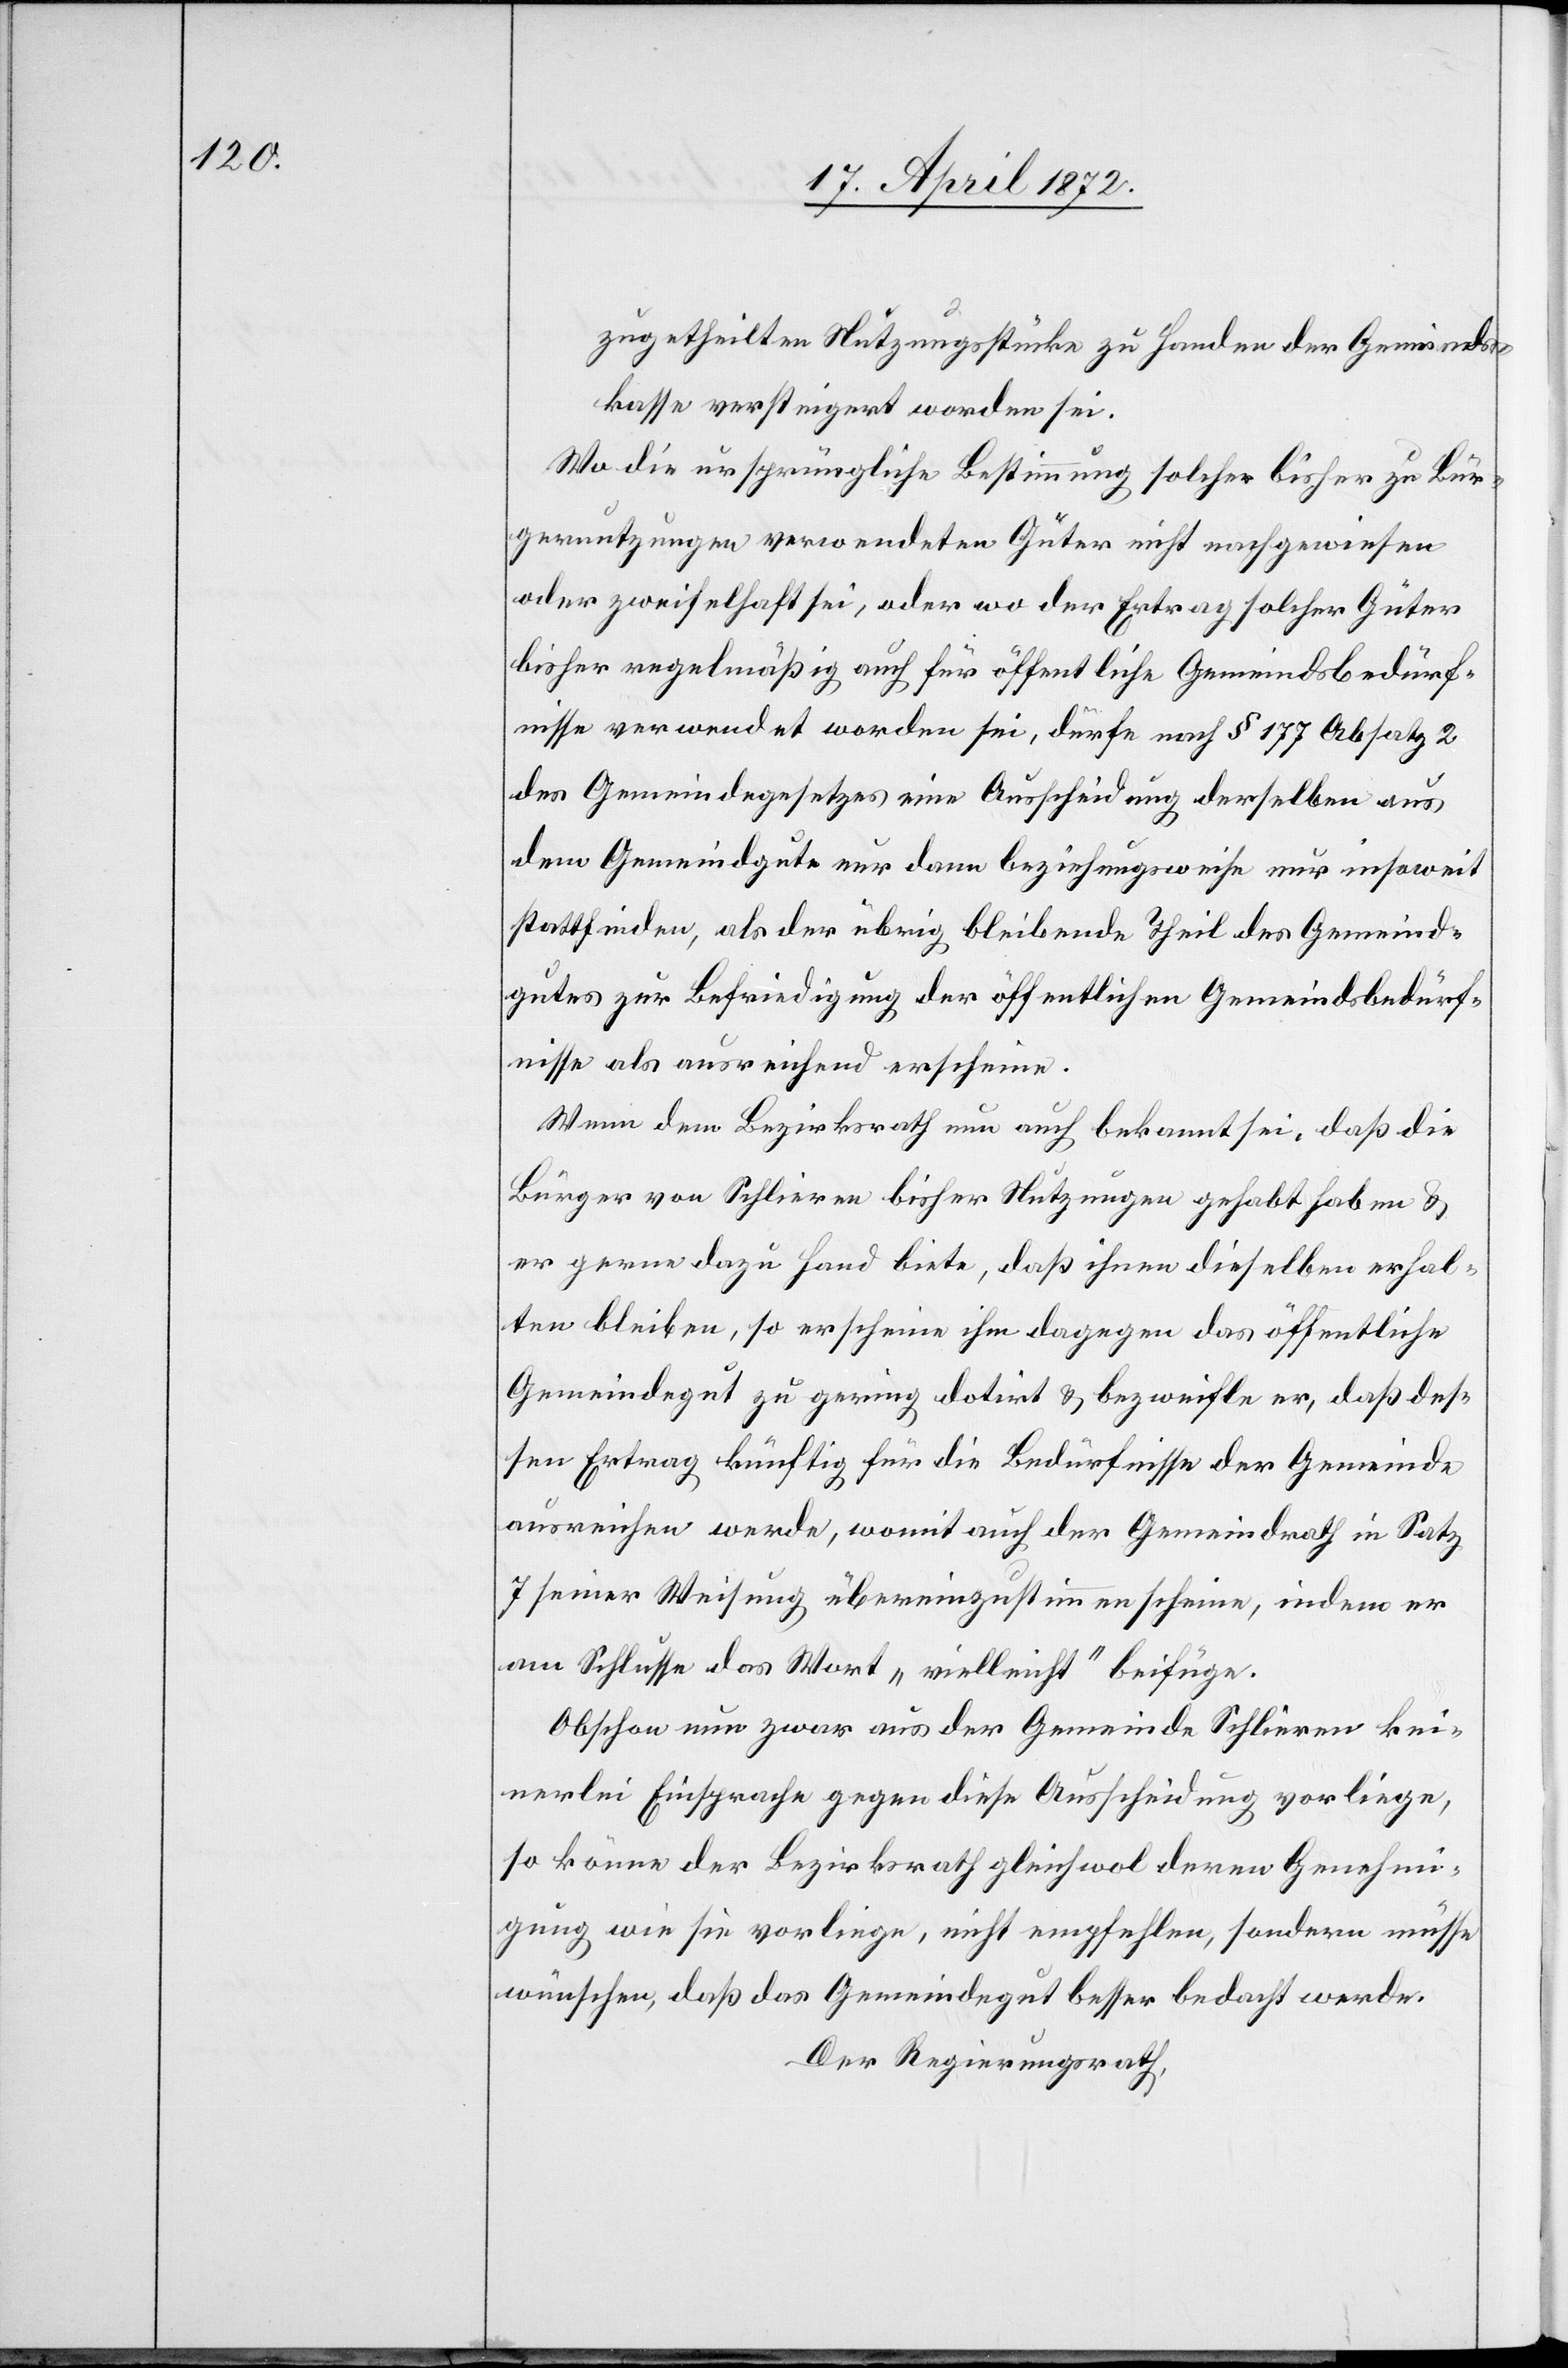
zugetheilten Nutzungsstücke zu Handen der Gemeinds¬
kasse versteigert worden sei.
Wo die ursprüngliche Bestimmung solcher bisher zu Bür¬
gernutzungen verwendeten Güter nicht nachgewiesen
oder zweifelhaft sei, oder wo der Ertrag solcher Güter
bisher regelmäßig auch für öffentliche Gemeindsbedürf¬
nisse verwendet worden sei, dürfe nach § 177 Absatz 2
des Gemeindegesetzes eine Ausscheidung derselben aus
dem Gemeindgute nur dann beziehungsweise nur insoweit
stattfinden, als der übrig bleibende Theil des Gemeind¬
gutes zur Befriedigung der öffentlichen Gemeindsbedürf¬
nisse als ausreichend erscheine.
Wenn dem Bezirksrath nun auch bekannt sei, daß die
Bürger von Schlieren bisher Nutzungen gehabt haben u.
er gerne dazu Hand biete, daß ihnen dieselben erhal¬
ten bleiben, so erscheine ihm dagegen das öffentliche
Gemeindegut zu gering dotirt u. bezweifle er, daß des¬
sen Ertrag künftig für die Bedürfnisse der Gemeinde
ausreichen werde, womit auch der Gemeindrath in Satz
7 seiner Weisung übereinzustimmen scheine, indem er
am Schlusse das Wort „vielleicht“ beifüge.
Obschon nun zwar aus der Gemeinde Schlieren kei¬
nerlei Einsprache gegen diese Ausscheidung vorliege,
so könne der Bezirksrath gleichwol deren Genehmi¬
gung wie sie vorliege, nicht empfehlen, sondern müsse
wünschen, daß das Gemeindegut besser bedacht werde.
Der Regierungsrath,